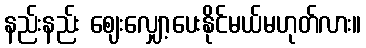
နည်းနည်း ဈေးလျှော့ပေးနိုင်မယ်မဟုတ်လား။